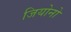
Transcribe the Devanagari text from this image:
जियोनो